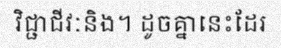
វិជ្ជាជីវៈនិង។ ដូចគ្នានេះដែរ